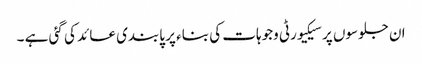
ان جلوسوں پر سیکیورٹی وجوہات کی بناء پر پابندی عائد کی گئی ہے ۔